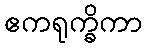
ဧကရုက္ခိကာ